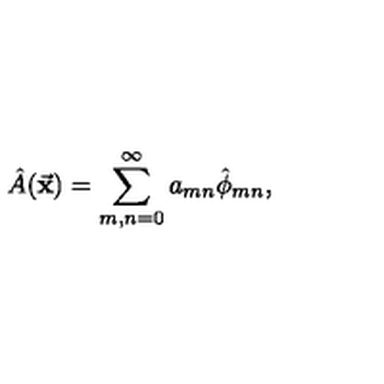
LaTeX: \hat { A } ( \vec { \bf x } ) = \sum _ { m , n = 0 } ^ { \infty } a _ { m n } \hat { \phi } _ { m n } ,